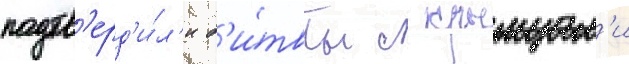
подтв'ерд'и́л'и б'и́твы с крымцам'и